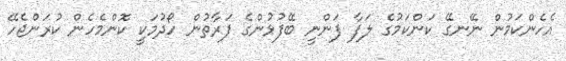
އެހެންކަމުން ނޭނގޭ ކަންކަމުގެ ލަފާ ފަންނީ ބޭފުޅުންގެ ފަރާތުން ހޯދުމަކީ ކޮންމެހެން ކުރަންޖެހޭ